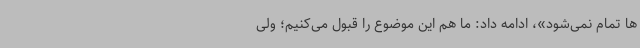
ها تمام نمی‌شود»، ادامه داد: ما هم این موضوع را قبول می‌کنیم؛ ولی